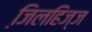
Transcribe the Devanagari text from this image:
जि़लहिज्ज